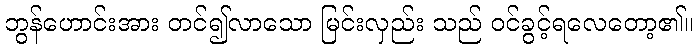
ဘွန်ဟောင်းအား တင်၍လာသော မြင်းလှည်း သည် ဝင်ခွင့်ရလေတော့၏။